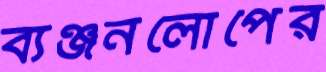
ব্যঞ্জনলোপের